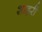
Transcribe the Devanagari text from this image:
शाहरी